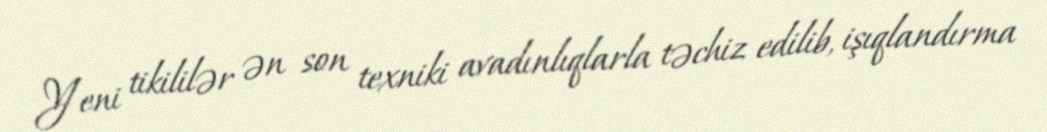
Yeni tikililər ən son texniki avadınlıqlarla təchiz edilib, işıqlandırma